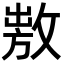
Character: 𢾕